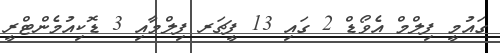
ގައުމީ ފިލްމް އެވޯޑް 2 ގައި 13 ފީޗަރ ފިލްމާއި 3 ޑޮކިއުމެންޓްރީ